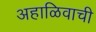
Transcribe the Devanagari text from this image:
अहाळिवाची